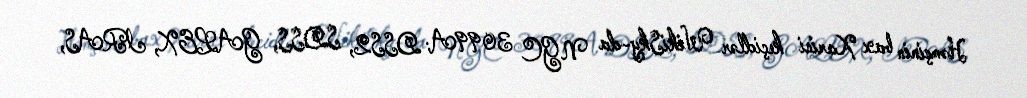
Həmçinin bax Xarici keçidlər WikiSky-da NGC 3099A: DSS2, SDSS, GALEX, IRAS,